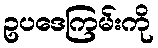
ဥပဒေကြမ်းကို